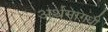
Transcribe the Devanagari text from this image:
अर्थमागधी